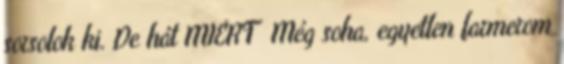
sorsolok ki. De hát MIÉRT Még soha, egyetlen farmerom